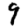
Digit: 9